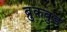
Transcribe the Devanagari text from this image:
ब्रुकवुड